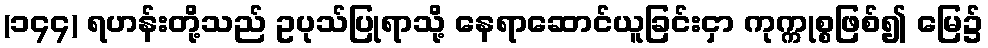
(၁၄၄) ရဟန်းတို့သည် ဥပုသ်ပြုရာသို့ နေရာဆောင်ယူခြင်းငှာ ကုက္ကုစ္စဖြစ်၍ မြေ၌